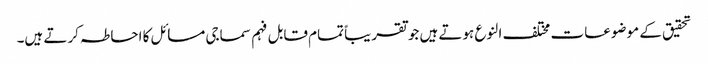
تحقیق کے موضوعات مختلف النوع ہوتے ہیں جو تقریباً تمام قابل فہم سماجی مسائل کا احاطہ کرتے ہیں۔